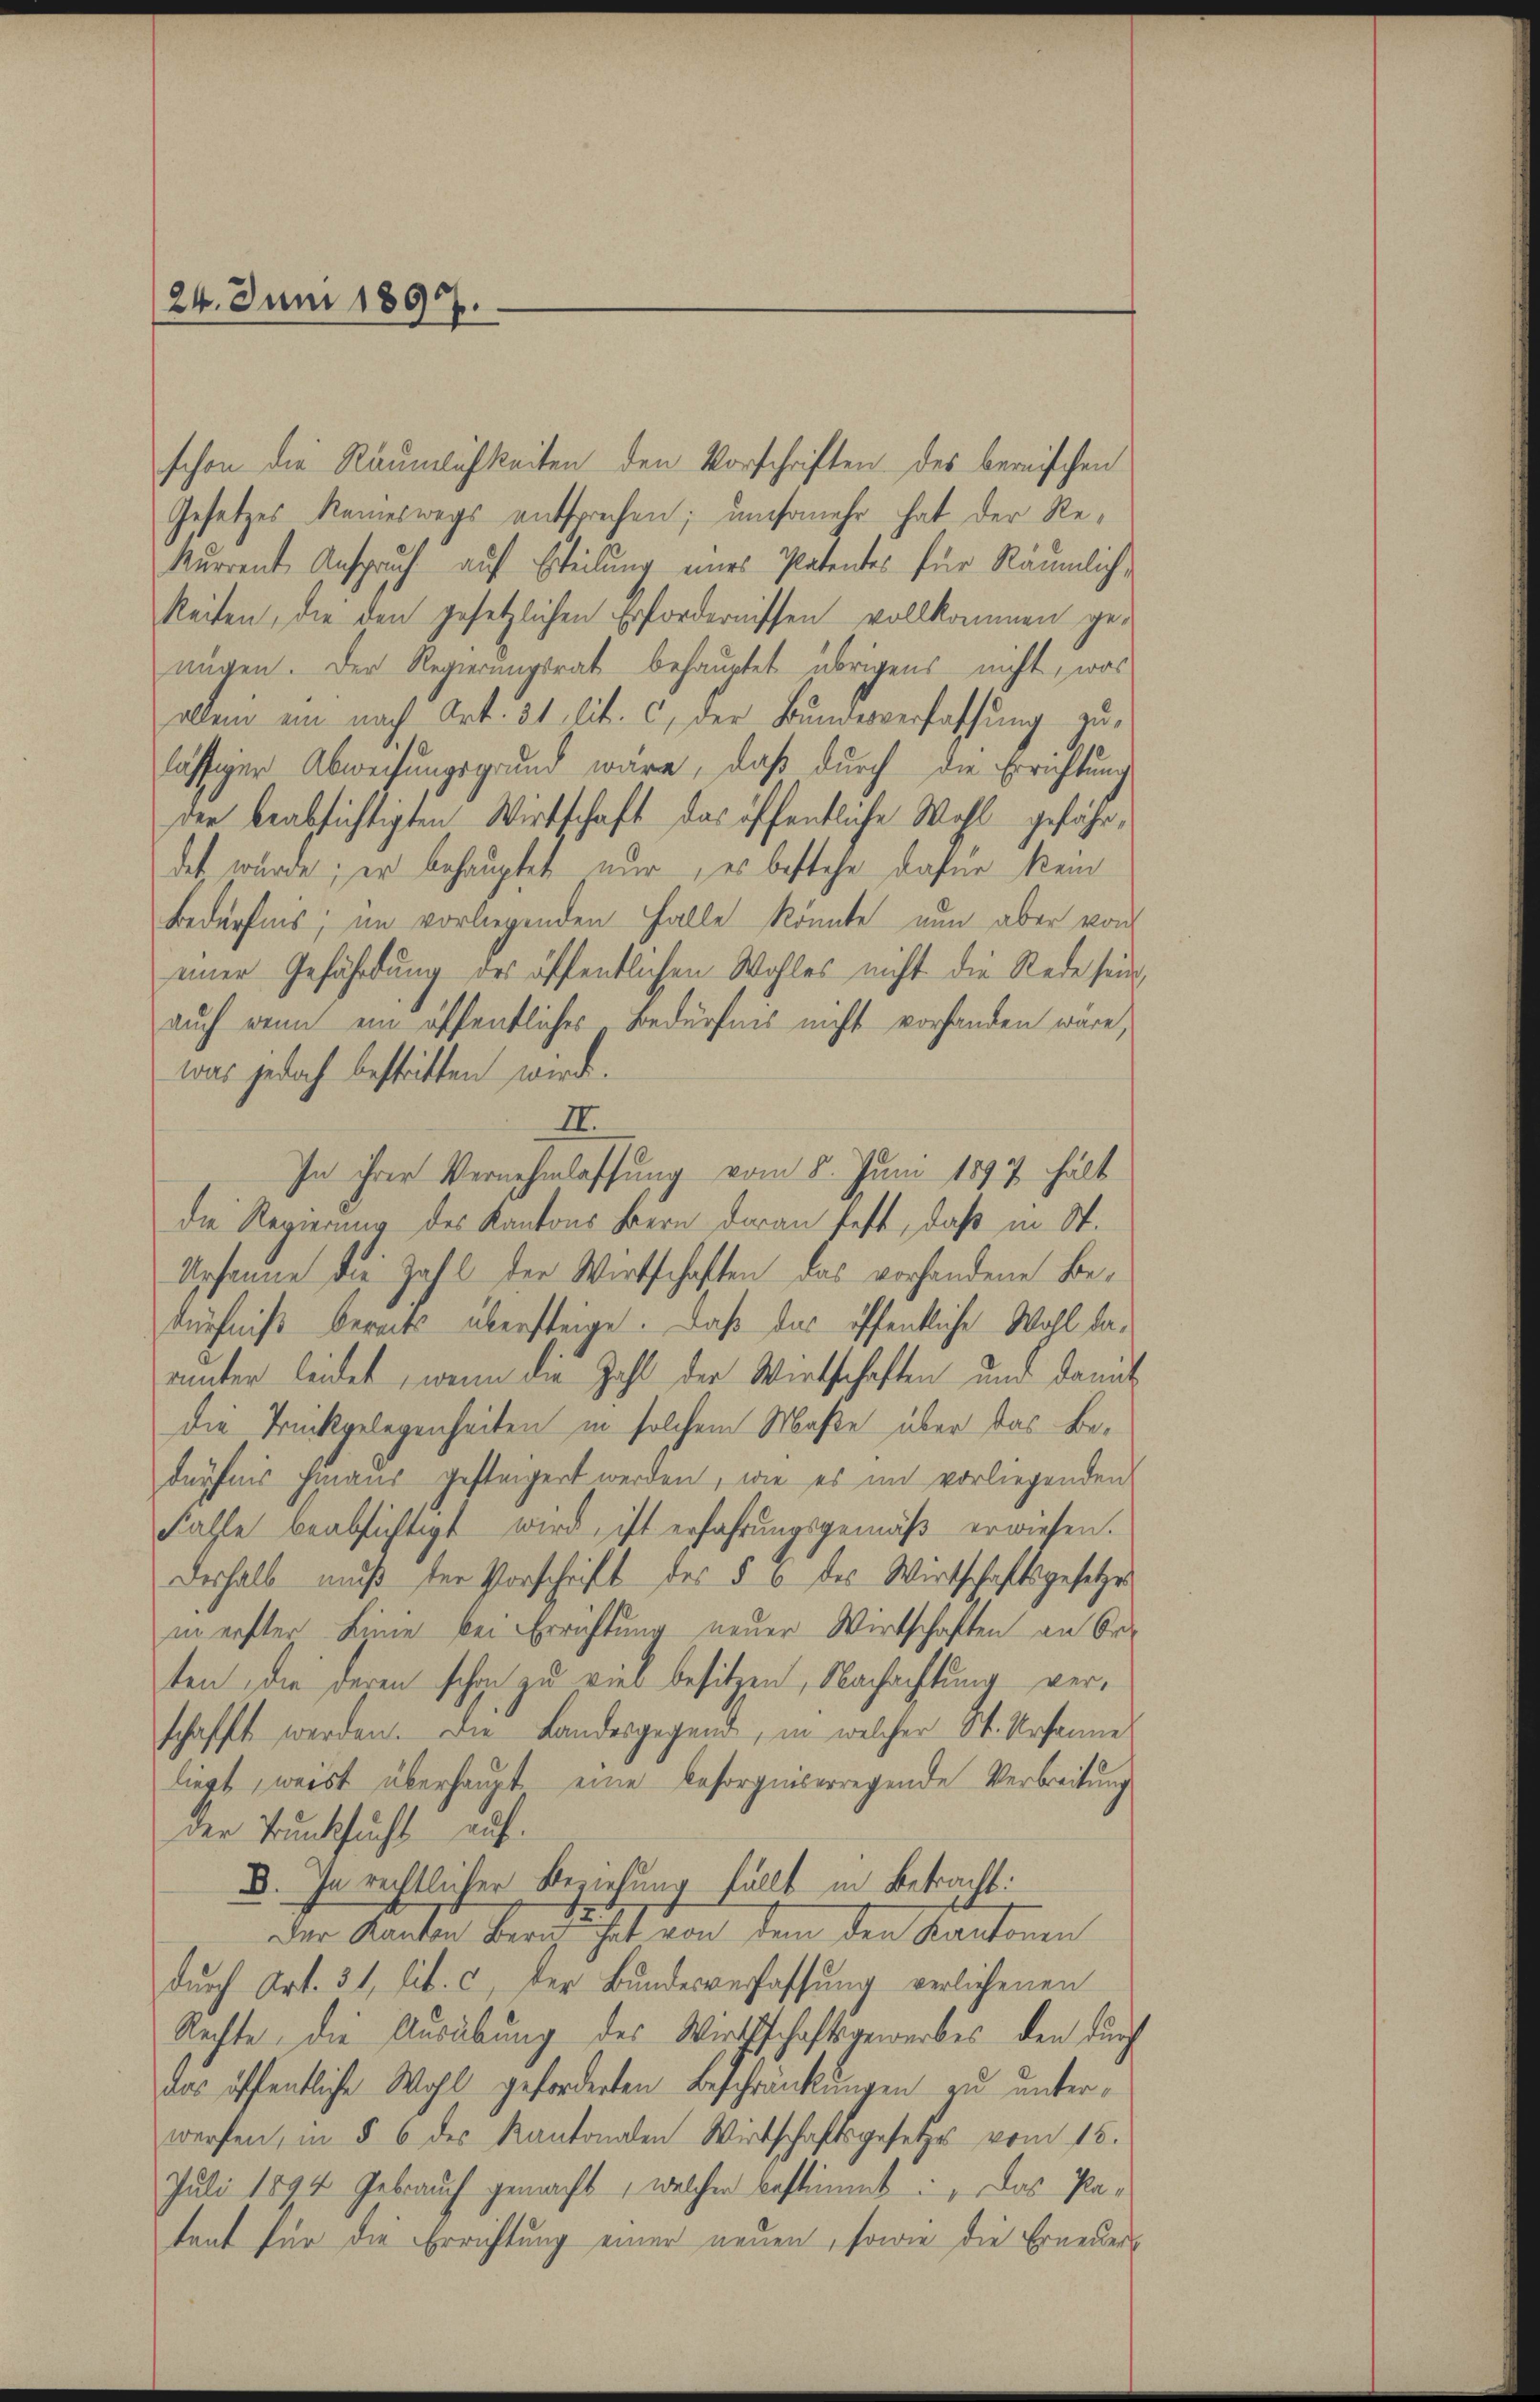
24. Juni 1897.

schon die Räumlichkeiten den Vorschriften des bernischen
Gesetzes keineswegs entsprechen; umsomehr hat der Re-
kurrent Anspruch auf Erteilung eines Patentes für Räumlich,
keiten, die den gesetzlichen Erfordernissen vollkommen ge-
nügen. Der Regierungsrat behauptet übrigens nicht, was
allein ein nach Art. 31 lit. c, der Bundesverfassung zu-
lässiger Abweisungsgrund wäre, daß durch die Errichtung
der beabsichtigten Wirtschaft das öffentliche Wohl gefährdet würde; er behauptet nur, es bestehe dafür kein
Bedürfnis; im vorliegenden Falle könnte nun aber von
einer Gefährdung des öffentlichen Wohles nicht die Rede sein,
auch wenn ein öffentliches Bedürfnis nicht vorhanden wäre,
was jedoch bestritten wird.
I
In ihrer Vernehmlassung vom 8. Juni 1897 hält
die Regierung des Kantons Bern daran fest, daß in St.
Ursanne die Zahl der Wirtschaften das vorhandene Bedürfniß bereits übersteige. Daß das öffentliche Wohl dauunter leidet, wenn die Zahl der Wirtschaften und damit
dDie Trückgelegenheiten in solchem Maße über das Bedürfnis hinaus gesteigert werden, wie es im vorliegenden
Fahle beabsichtigt wird, ist erfahrungsgemäß erwiesen.
Deshalb muß der Vorschrift des § 6 des Wirtschaftsgesetzes
in erster Linie bei Errichtung neuer Wirtschaften an Or
ten, die deren schon zu viel besitzen, Nachachtung verschafft werden. Die Landesgegend, in welcher St. Ursanne
liegt, weist überhaupt eine besorgniserregende Verbreitung
der Trunksucht auf
B. In rechtlicher Beziehung fällt in Betracht:
der Kanton Bern hat von dem den Kantonen
durch Art. 31 lit. c, der Bundesverfassung verlichenen
Rechte, die Ausübung des Wirthschaftsgewerbes, den durch
das öffentliche Wohl geforderten Beschränkungen zu unterwerfen, in § 6 des Kantonalen Wirtschaftsgesetzes vom 15.
Juli 1894 Gebrauch gemacht, welcher bestimmt: „Das Pa-
tant für die Errichtung einer neuen, sowie die Erneuers